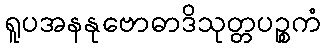
ရူပအနနုဗောဓာဒိသုတ္တပဉ္စကံ